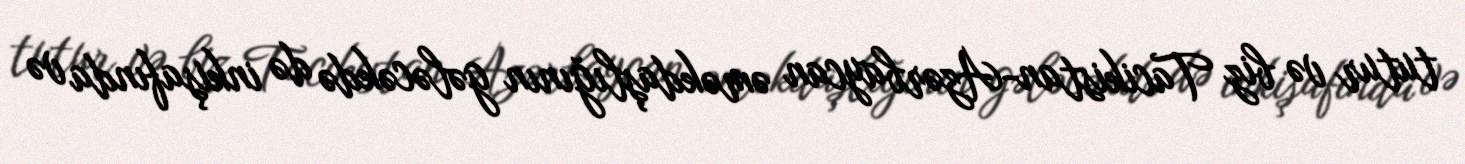
tutur və biz Tacikistan-Azərbaycan əməkdaşlığının gələcəkdə də inkişafında və